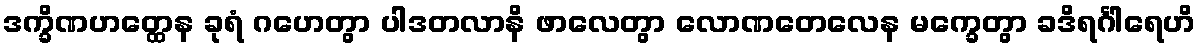
ဒက္ခိဏဟတ္ထေန ခုရံ ဂဟေတွာ ပါဒတလာနိ ဖာလေတွာ လောဏတေလေန မက္ခေတွာ ခဒိရင်္ဂါရေဟိ